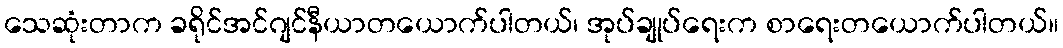
သေဆုံးတာက ခရိုင်အင်ဂျင်နီယာတယောက်ပါတယ်၊ အုပ်ချုပ်ရေးက စာရေးတယောက်ပါတယ်။